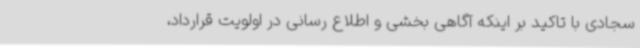
سجادی با تاکید بر اینکه آگاهی بخشی و اطلاع رسانی در اولویت قرارداد،